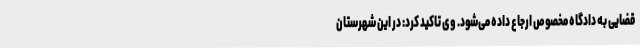
قضایی به دادگاه مخصوص ارجاع داده می‌شود. وی تاکید کرد: در این شهرستان